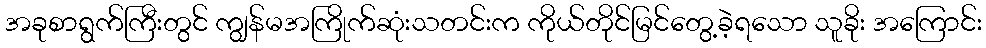
အခုစာရွက်ကြီးတွင် ကျွန်မအကြိုက်ဆုံးသတင်းက ကိုယ်တိုင်မြင်တွေ့ခဲ့ရသော သူခိုး အကြောင်း